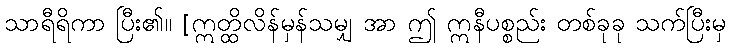
သာရီရိကာ ပြီး၏။ [ဣတ္ထိလိန်မှန်သမျှ အာ ဤ ဣနီပစ္စည်း တစ်ခုခု သက်ပြီးမှ